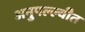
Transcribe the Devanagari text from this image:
अनुपल्ल्वीत